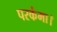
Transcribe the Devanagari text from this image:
परकंमा।